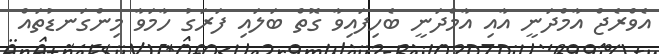
އެވްރެޖް އާމްދަނީ އާއި އާމްދަނީ ބެހިފައިވާ ގޮތް ބަލައި ފަރަގު ހާމަވާ މިންގަނޑުތައް